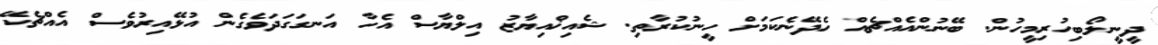
ދީނީލޯބިހުރިމީހުން. ބޭނުންއެއްޗެއް ހެދޭނެކަމަށް ހީނުކުރާތި. ޝެއިޚްއިޔާޒު އިލްޔާސް އެހާ އަނގަގަދަވެގެން އުޅޭއިރުވެސް އެއްޗެކޭ